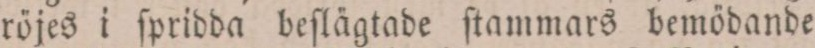
röjes i ſpridda beſlägtade ſtammars bemödande